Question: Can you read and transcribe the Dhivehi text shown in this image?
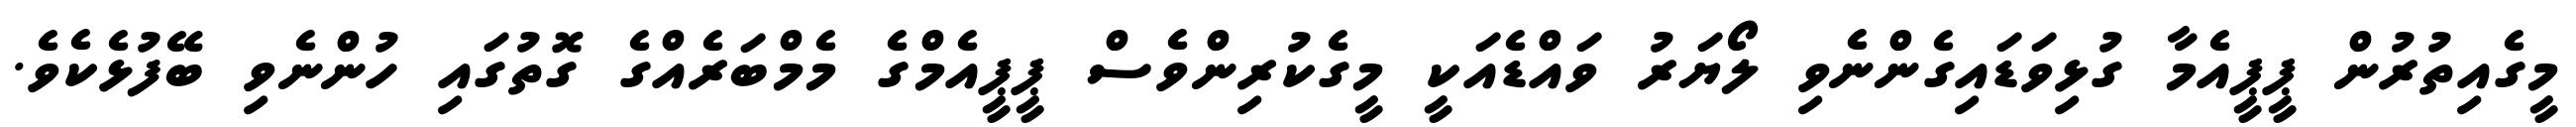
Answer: މީގެއިތުރުން ޕީޕީއެމާ ގުޅިވަޑައިގެންނެވި ލޯޔަރު ވައްޑެއަކީ މީގެކުރިންވެސް ޕީޕީއެމްގެ މެމްބަރެއްގެ ގޮތުގައި ހުންނެވި ބޭފުޅެކެވެ.